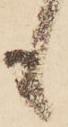
も